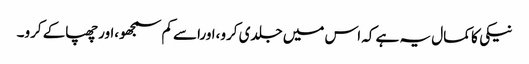
نیکی کا کمال یہ ہے کہ اس میں جلدی کرو،اوراسے کم سمجھو،اورچھپاکے کرو۔